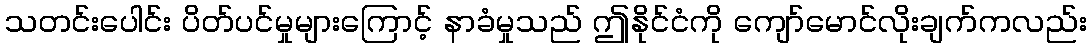
သတင်းပေါင်း ပိတ်ပင်မှုများကြောင့် နာခံမှုသည် ဤနိုင်ငံကို ကျော်မောင်လိုးချက်ကလည်း